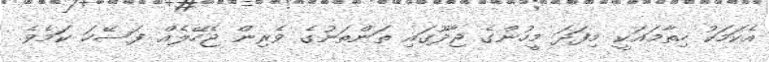
އެކަމަކު ހިތާމައަކީ މިފަދަ މީހުންގެ ޖާދޫގައި ތަންތަނުގެ ވެރިން ޖެހޭލެއް ފަސޭހަ ކަމެވެ.